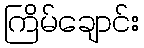
ကြိမ်ချောင်း